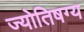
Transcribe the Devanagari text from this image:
ज्योतिषग्य